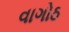
વાગોઠ